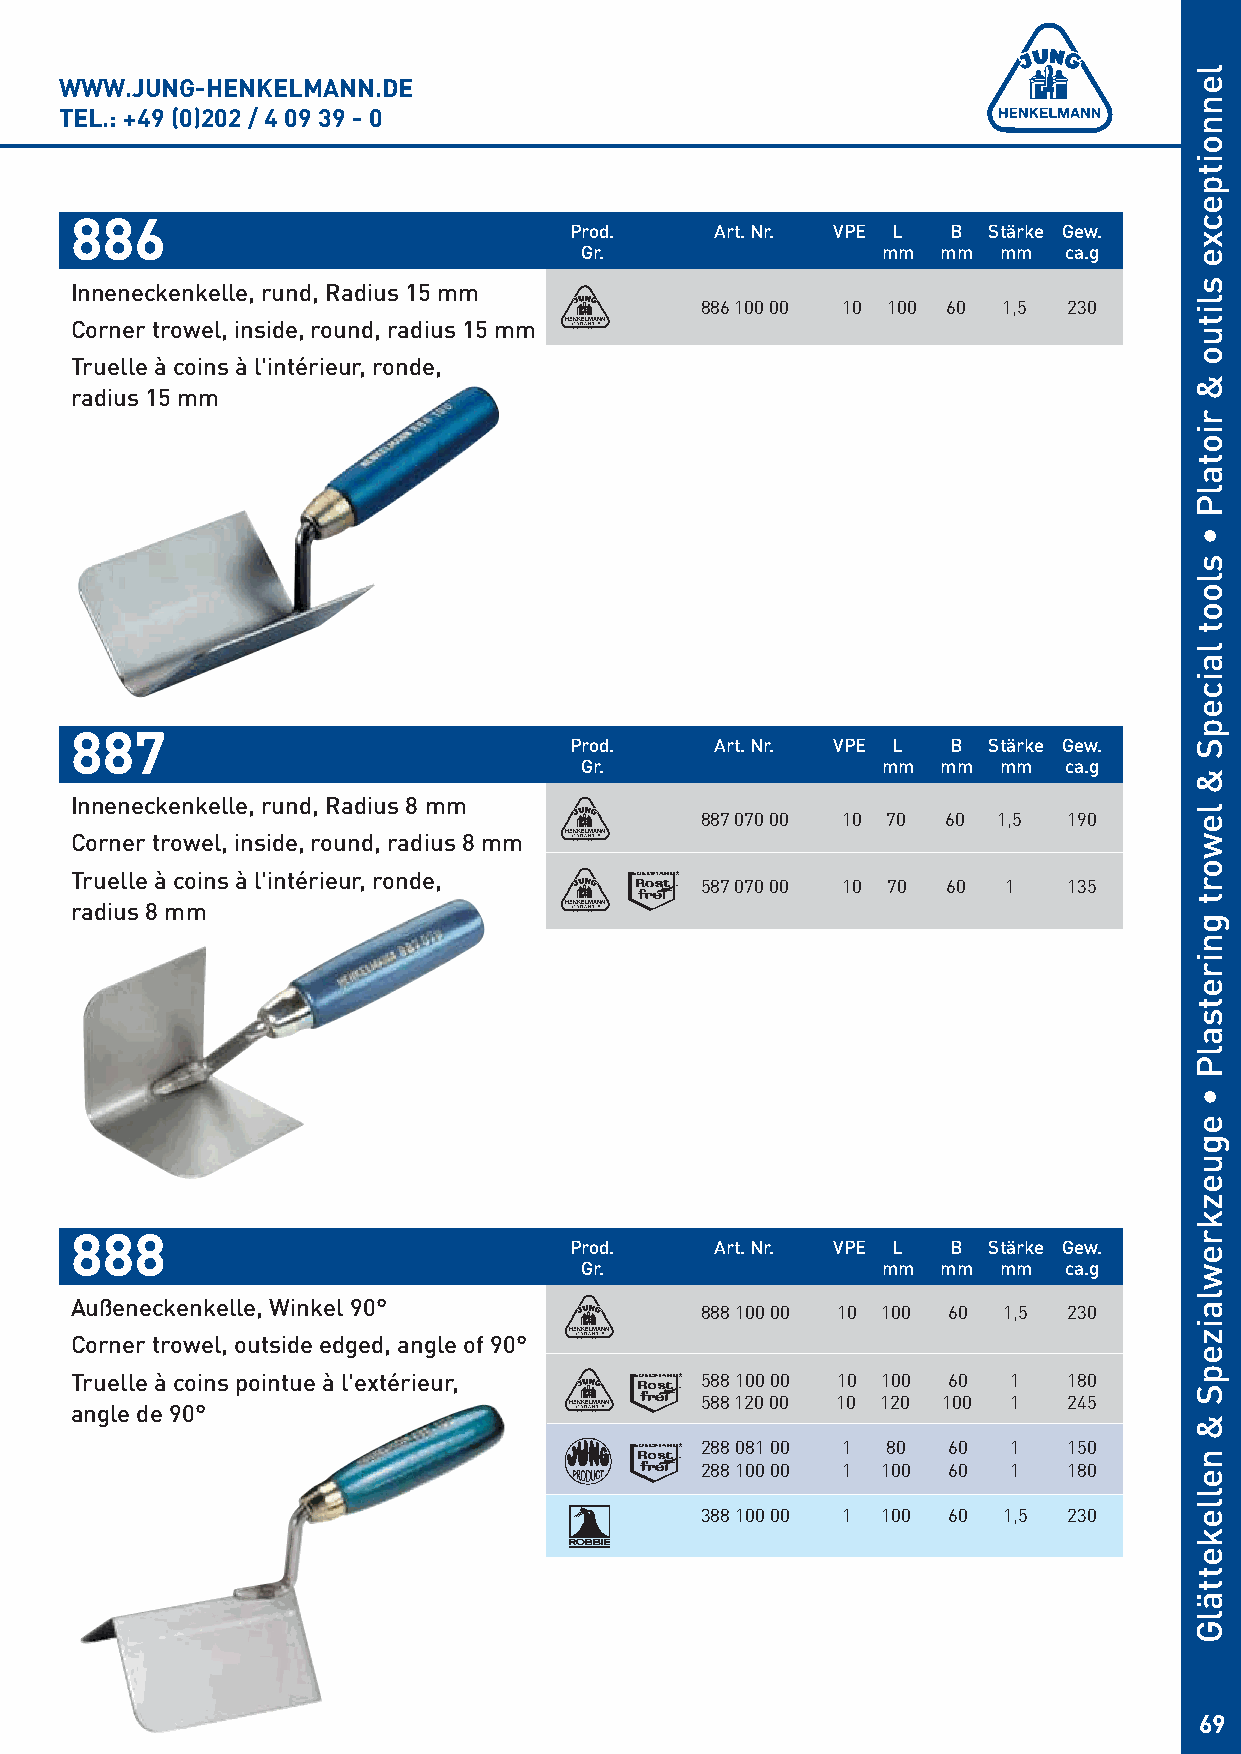
WWW.JUNG-HENKELMANN.DE
 TEL.: +49 (0)202 / 4 09 39 - 0
 886
 Prod.    Art. Nr. VPE L  B Stärke Gew.
 Gr.                 mm  mm  mm  ca.g
 Inneneckenkelle, rund, Radius 15 mm
 886 100 00 10 100 60 1,5 230
 Corner trowel, inside, round, radius 15 mm
 Truelle à coins à l'intérieur, ronde,
 radius 15 mm
 887
 Prod.    Art. Nr. VPE L  B Stärke Gew.
 Gr.                 mm  mm  mm  ca.g
 Inneneckenkelle, rund, Radius 8 mm
 887 070 00 10 70 60 1,5  190
 Corner trowel, inside, round, radius 8 mm
 Truelle à coins à l'intérieur, ronde,
 587 070 00 10 70 60 1    135
 radius 8 mm
 888
 Prod.    Art. Nr. VPE L  B Stärke Gew.
 Gr.                 mm  mm  mm  ca.g
 Außeneckenkelle, Winkel 90°
 888 100 00 10 100 60 1,5 230
 Corner trowel, outside edged, angle of 90°
 Truelle à coins pointue à l'extérieur,   588 100 00 10 100 60 1   180
 588 120 00 10 120 100 1  245
 angle de 90°
 288 081 00 1 80  60  1   150
 288 100 00 1 100 60  1   180
 388 100 00 1 100 60 1,5  230
 69
 lennoitpecxe
 slituo
 &
 riotalP
 •
 sloot
 laicepS
 &
 lewort
 gniretsalP
 •
 eguezkrewlaizepS
 &
 nellekettälG